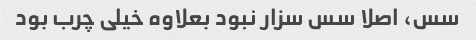
سس، اصلا سس سزار نبود بعلاوه خیلی چرب بود